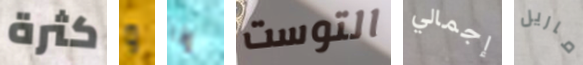
كثرة و إذا التوست إجمالي ماريل